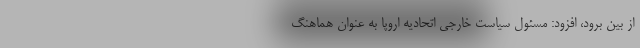
از بین برود، افزود: مسئول سیاست خارجی اتحادیه اروپا به عنوان هماهنگ